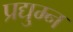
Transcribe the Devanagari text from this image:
प्रद्यु्म्न